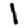
Digit: 1